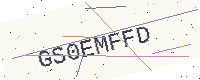
Text: GS0EMFFD